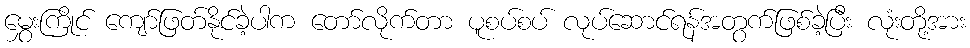
မွှေးကြိုင် ကျော်ဖြတ်နိုင်ခဲ့ပါက တော်လိုက်တာ ပူစပ်စပ် လုပ်ဆောင်ရန်အတွက်ဖြစ်ခဲ့ပြီး လုံးတို့အား